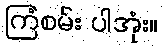
ကြံစမ်း ပါအုံး။